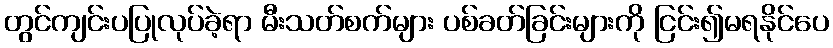
တွင်ကျင်းပပြုလုပ်ခဲ့ရာ မီးသတ်စက်များ ပစ်ခတ်ခြင်းများကို ငြင်း၍မရနိုင်ပေ